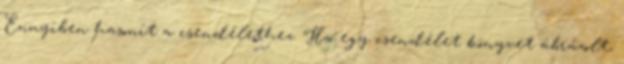
Ennyiben hasonít a csendélethez. Ha egy csendélet könyvet ábrázolt,